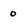
Character: o